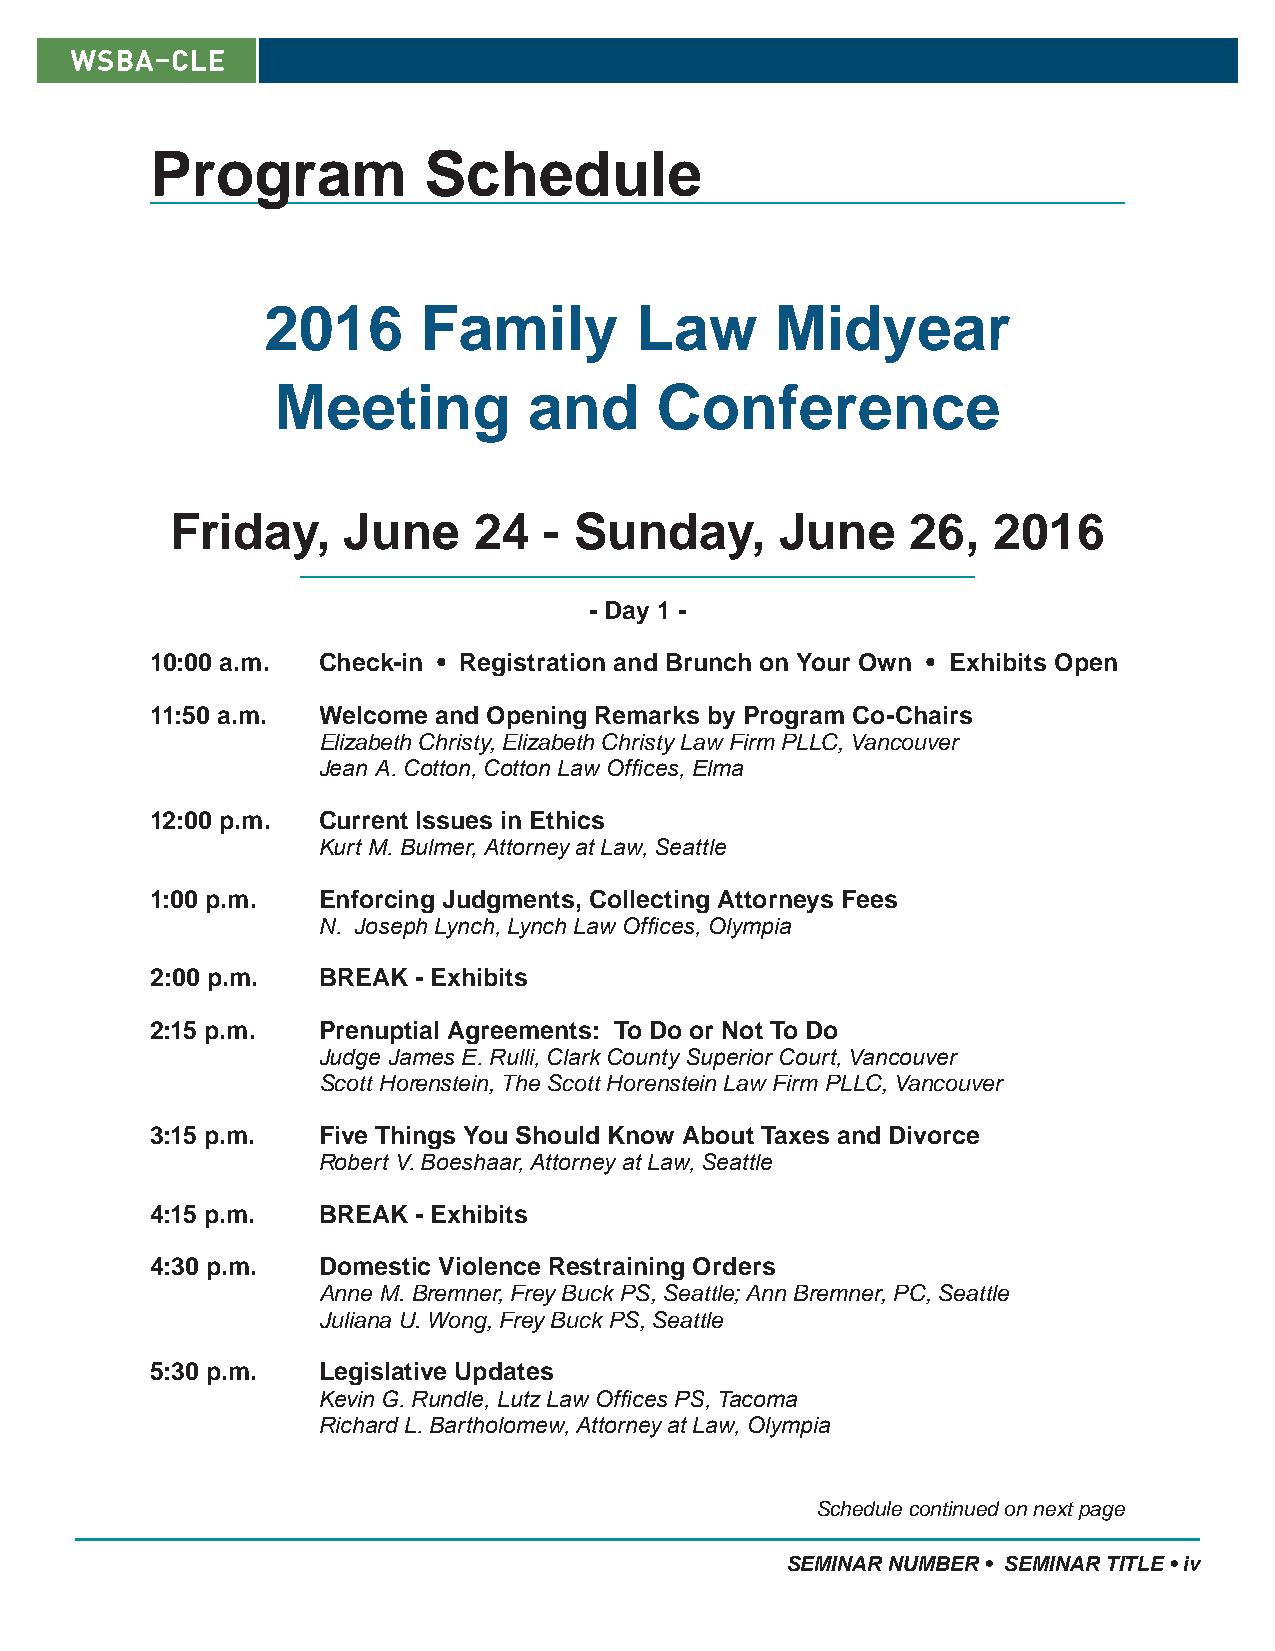
Program           Schedule
 2016       Family        Law      Midyear
 Meeting          and     Conference
 Friday,     June    24   - Sunday,       June    26,   2016
 - Day 1 -
 10:00 a.m. Check-in • Registration and Brunch on Your Own • Exhibits Open
 11:50 a.m. Welcome and Opening Remarks by Program Co-Chairs
 Elizabeth Christy, Elizabeth Christy Law Firm PLLC, Vancouver
 Jean A. Cotton, Cotton Law Offices, Elma
 12:00 p.m. Current Issues in Ethics
 Kurt M. Bulmer, Attorney at Law, Seattle
 1:00 p.m.  Enforcing Judgments, Collecting Attorneys Fees
 N. Joseph Lynch, Lynch Law Offices, Olympia
 2:00 p.m.  BREAK - Exhibits
 2:15 p.m.  Prenuptial Agreements: To Do or Not To Do
 Judge James E. Rulli, Clark County Superior Court, Vancouver
 Scott Horenstein, The Scott Horenstein Law Firm PLLC, Vancouver
 3:15 p.m.  Five Things You Should Know About Taxes and Divorce
 Robert V. Boeshaar, Attorney at Law, Seattle
 4:15 p.m.  BREAK - Exhibits
 4:30 p.m.  Domestic Violence Restraining Orders
 Anne M. Bremner, Frey Buck PS, Seattle; Ann Bremner, PC, Seattle
 Juliana U. Wong, Frey Buck PS, Seattle
 5:30 p.m.  Legislative Updates
 Kevin G. Rundle, Lutz Law Offices PS, Tacoma
 Richard L. Bartholomew, Attorney at Law, Olympia
 Schedule continued on next page
 SEMINAR NUMBER • SEMINAR TITLE • iv